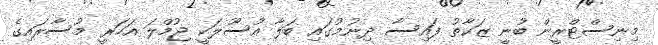
މިނިސްޓްރީން ބުނީ ޒަކާތު ފައިސާ ދިނުމުގައި ބަލާ އުސޫލަކީ ޖުމްލަ އަހަރީ މުސާރައިގެ